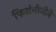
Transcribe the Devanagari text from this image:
फिरांगोजीने